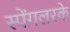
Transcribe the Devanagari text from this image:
स्पेंगलरके